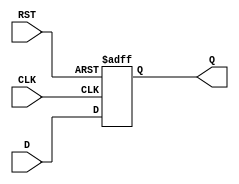
module d_flip_flop (
    input D,
    input CLK,
    input RST,
    output reg Q
);

always @ (posedge CLK or posedge RST)
begin
    if (RST)
        Q <= 1'b0;
    else
        Q <= D;
end

endmodule